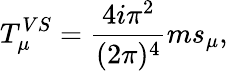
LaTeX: T_{\mu}^{VS}=\frac{4i\pi^{2}}{(2\pi)^{4}}ms_{\mu},